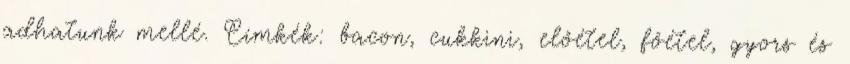
adhatunk mellé. Címkék: bacon, cukkini, előétel, főétel, gyors és